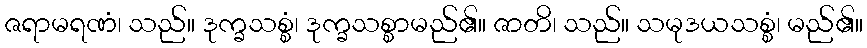
ဇရာမရဏံ၊ သည်။ ဒုက္ခသစ္စံ၊ ဒုက္ခသစ္စာမည်၏။ ဇာတိ၊ သည်။ သမုဒယသစ္စံ၊ မည်၏။